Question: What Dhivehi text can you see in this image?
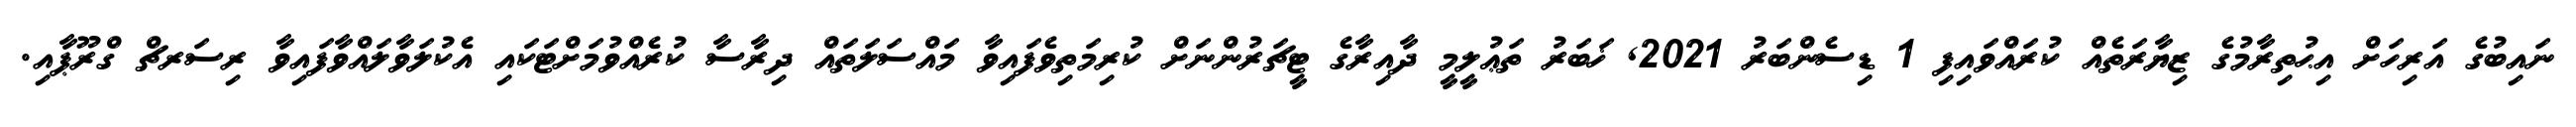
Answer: ނައިބުގެ އަރިހަށް އިޙުތިރާމުގެ ޒިޔާރަތެއް ކުރައްވައިފި 1 ޑިސެންބަރު 2021, ޚަބަރު ތަޢުލީމީ ދާއިރާގެ ޓީޗަރުންނަށް ކުރިމަތިވެފައިވާ މައްސަލަތައް ދިރާސާ ކުރެއްވުމަށްޓަކައި އެކުލަވާލައްވާފައިވާ ރިސަރޗް ގްރޫޕާއި.